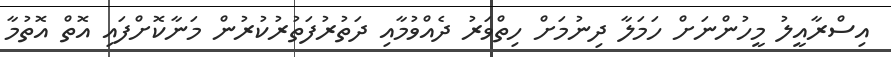
އިސްރާއީލު މީހުންނަށް ހަމަލާ ދިނުމަށް ހިތްވަރު ދެއްވުމާއި ދަތުރުފަތުރުކުރުން މަނާކޮށްފައި އޮތް އޮތުމާ